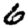
Digit: 6